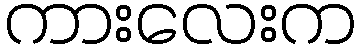
ကားလေးက